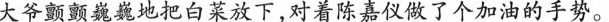
大爷颤巍巍地把白放下，对着陈嘉仪做了个加油的手势。